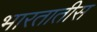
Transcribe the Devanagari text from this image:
भारतातीस